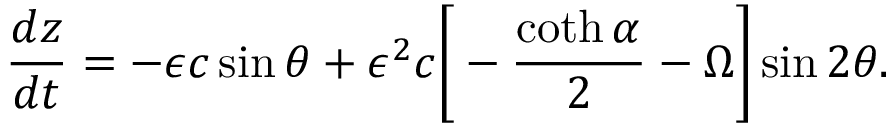
\frac { d z } { d t } = - \epsilon c \sin \theta + \epsilon ^ { 2 } c \bigg [ - \frac { \coth \alpha } { 2 } - \Omega \bigg ] \sin 2 \theta .